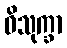
ဝိသုက္ခာ